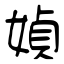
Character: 媜